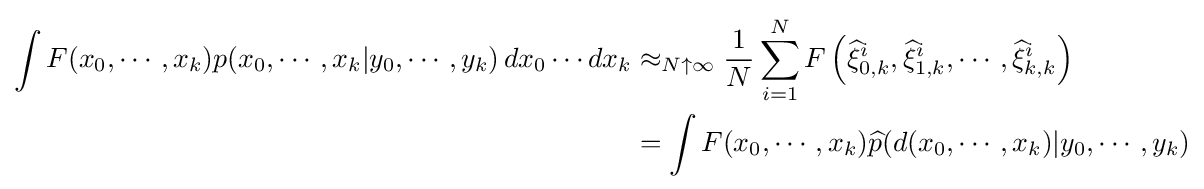
{\begin{aligned}\int F(x_{0},\cdots ,x_{k})p(x_{0},\cdots ,x_{k}|y_{0},\cdots ,y_{k})\,dx_{0}\cdots dx_{k}&\approx _{N\uparrow \infty }{\frac {1}{N}}\sum _{i=1}^{N}F\left({\widehat {\xi }}_{0,k}^{i},{\widehat {\xi }}_{1,k}^{i},\cdots ,{\widehat {\xi }}_{k,k}^{i}\right)\\&=\int F(x_{0},\cdots ,x_{k}){\widehat {p}}(d(x_{0},\cdots ,x_{k})|y_{0},\cdots ,y_{k})\end{aligned}}